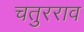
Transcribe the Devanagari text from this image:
चतुरराव